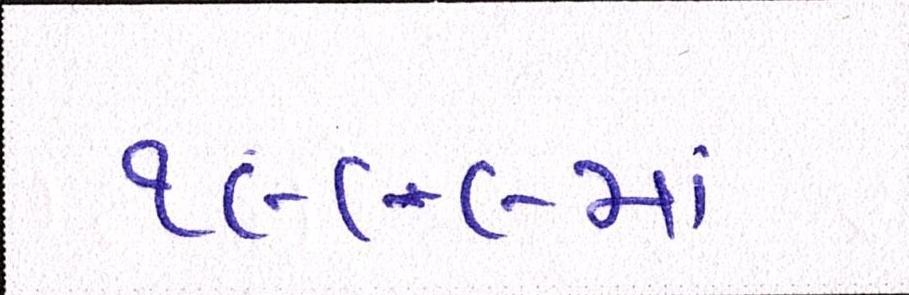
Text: ૧૯૯૯માં